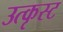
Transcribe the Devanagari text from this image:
उत्कृस्ट